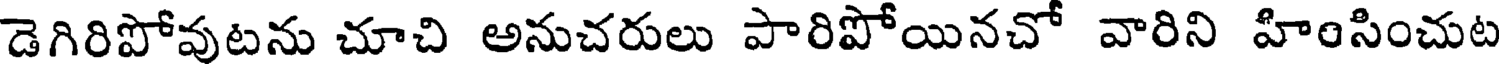
డెగిరిపోవుటను చూచి అనుచరులు పారిపోయినచో వారిని హింసించుట